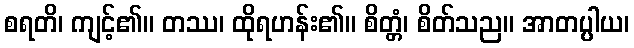
စရတိ၊ ကျင့်၏။ တဿ၊ ထိုရဟန်း၏။ စိတ္တံ၊ စိတ်သည။ အာတပ္ပါယ၊